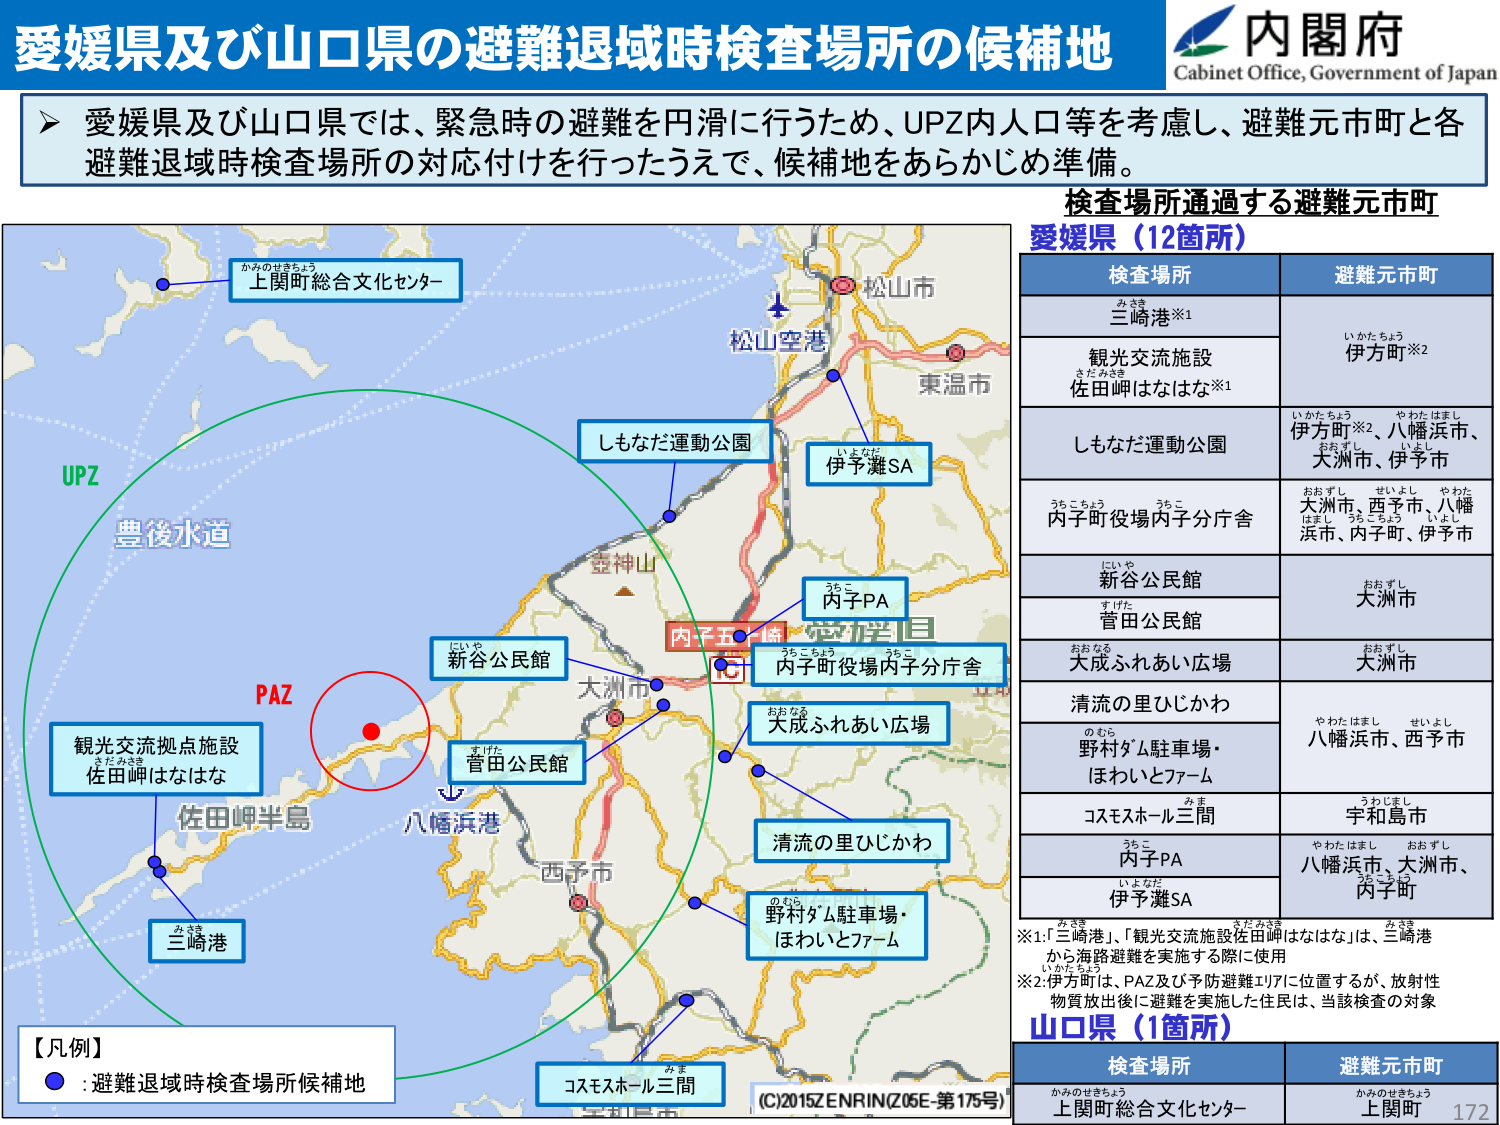
愛媛県及び山口県の避難退域時検査場所の候補地
内閣府
Cabinet Office, Government of Japan

▶ 愛媛県及び山口県では、緊急時の避難を円滑に行うため、UPZ内人口等を考慮し、避難元市町と各避難退域時検査場所の対応付けを行ったうえで、候補地をあらかじめ準備。

検査場所通過する避難元市町
愛媛県（12箇所）

検査場所　　　　　　　　　　　避難元市町
三崎港※1　　　　　　　　　　　いかけちょう 伊方町※2
観光交流施設
佐田岬はなはな※1
しもなだ運動公園　　　　　　　いかけちょう、やわたはまし 伊方町※2、八幡浜市、おおすし、せいよし、やわた 大洲市、伊予市
内子町役場内子分庁舎　　　　おおすし、西予市、八幡浜市、内子町、伊予市
新谷公民館　　　　　　　　　　おおすし 大洲市
菅田公民館
大成ふれあい広場　　　　　　　おおすし 大洲市
清流の里ひじかわ　　　　　　　やわたはまし、せいよし 八幡浜市、西予市
野村ダム駐車場・
ほわいとファーム
コスモスホール三間　　　　　　うわじまし 宇和島市
内子PA　　　　　　　　　　　　やわたはまし、おおすし 八幡浜市、大洲市、うらこちょう 内子町
伊予灘SA

※1:「三崎港」、「観光交流施設佐田岬はなはな」は、三崎港から海路避難を実施する際に使用
※2:伊方町は、PAZ及び予防避難エリアに位置するが、放射性物質放出後に避難を実施した住民は、当該検査の対象

山口県（1箇所）

検査場所　　　　　　　　　　　避難元市町
上関町総合文化センター　　　　かみのせきちょう 上関町

【凡例】
● : 避難退域時検査場所候補地

UPZ
豊後水道
PAZ
観光交流拠点施設
佐田岬はなはな
佐田岬半島
三崎港
しもなだ運動公園
伊予灘SA
松山空港
松山市
東温市
壺神山
内子五橋
内子PA
内子町役場内子分庁舎
大成ふれあい広場
新谷公民館
菅田公民館
八幡浜港
西予市
清流の里ひじかわ
野村ダム駐車場・
ほわいとファーム
コスモスホール三間
（C/2015ZENRINZ06E-第175号）
172